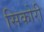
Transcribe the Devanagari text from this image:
सिकोरी